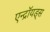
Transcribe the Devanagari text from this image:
एन्द्रॉयड्स